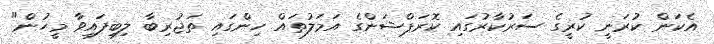
އެކަން ކުރަނީ ކުރީގެ ސަރުކާރުގައި ކޮރަޕްޝަންގެ އަމަލުތައް ހިންގައި ތަޖުރިބާ ލިބިފައިވާ މީހުން"